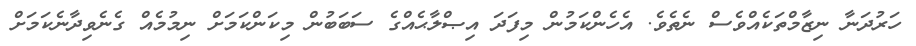
ހަރުދަނާ ނިޒާމްތަކެއްވެސް ނެތެވެ. އެހެންކަމުން މިފަދަ އިޞްލާޙެއްގެ ސަބަބުން މިކަންކަމަށް ނިމުމެއް ގެނެވިދާނެކަމަށް